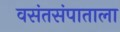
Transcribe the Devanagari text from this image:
वसंतसंपाताला